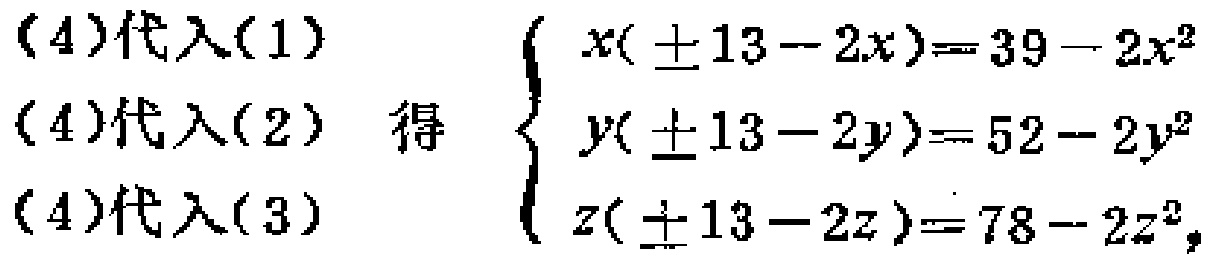
\begin{align*}

(4)\text{代入}(1)\\

(4)\text{代入}(2)\\

(4)\text{代入}(3)

\end{align*}

得

\[\begin{cases}

x(\pm13 - 2x)=39 - 2x^{2}\\

y(\pm13 - 2y)=52 - 2y^{2}\\

z(\pm13 - 2z)=78 - 2z^{2},

\end{cases}\]